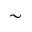
\sim